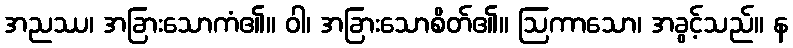
အညဿ၊ အခြားသောကံ၏။ ဝါ၊ အခြားသောစိတ်၏။ ဩကာသော၊ အခွင့်သည်။ န